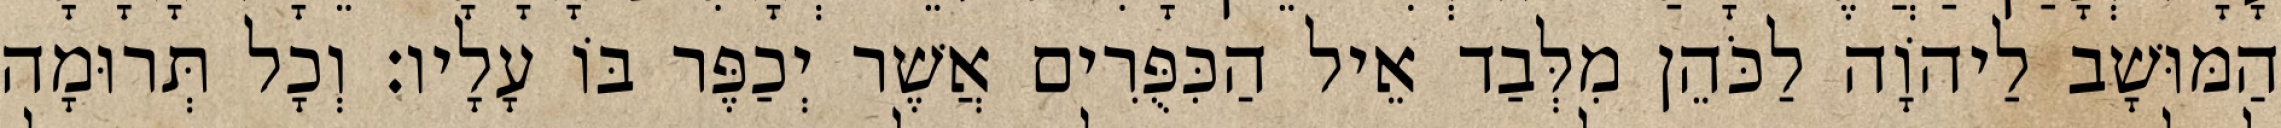
הַמּוּשָׁב לַיהוָֹה לַכֹּהֵן מִלְּבַד אֵיל הַכִּפֻּרִים אֲשֶׁר יְכַפֶּר בּוֹ עָלָיו׃ וְכָל תְּרוּמָה